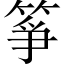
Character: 箏